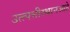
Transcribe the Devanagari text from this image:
उत्त्पत्तीस्थानआहे